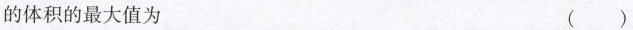
的体积的最大值为 ()